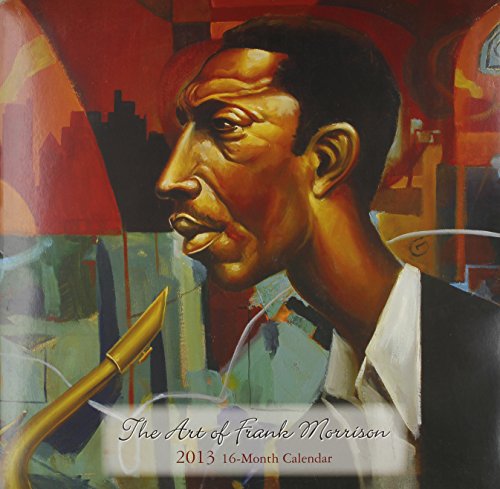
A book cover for Art of Frank Morrison 2013 Calendar; Shades of Color; Calendars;